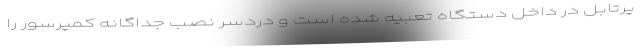
پرتابل در داخل دستگاه تعبیه شده است و دردسر نصب جداگانه کمپرسور را